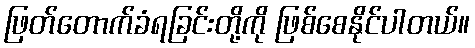
ဖြတ်တောက်ခံရခြင်းတို့ကို ဖြစ်စေနိုင်ပါတယ်။